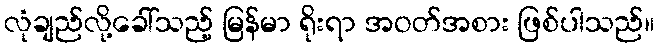
လုံချည်လို့ခေါ်သည့် မြန်မာ ရိုးရာ အဝတ်အစား ဖြစ်ပါသည်။